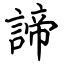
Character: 諦